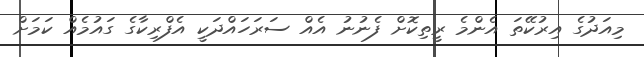
މިއަދުގެ އިރުކޭތަ އެންމެ ރީތިކޮށް ފެނުނު އެއް ސަރަހައްދަކީ އެފްރިކާގެ ގައުމެއް ކަމަށް